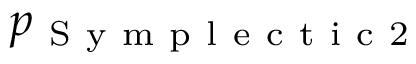
p _ { \mathrm { ~ S ~ y ~ m ~ p ~ l ~ e ~ c ~ t ~ i ~ c ~ 2 ~ } }